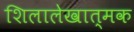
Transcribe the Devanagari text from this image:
शिलालेखात्‍मक